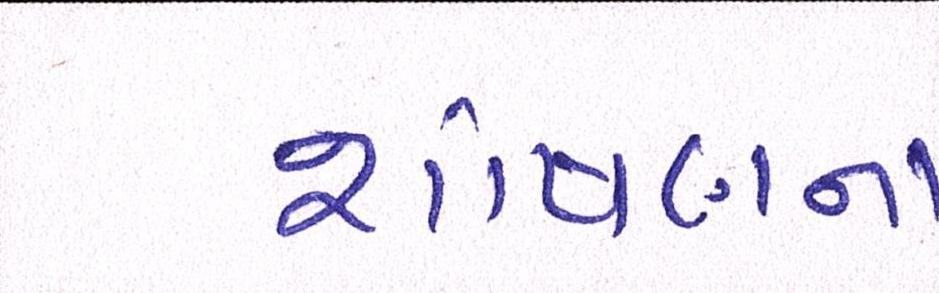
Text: શોષણના